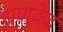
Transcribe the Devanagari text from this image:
ध्रणकेंद्र